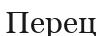
Перец